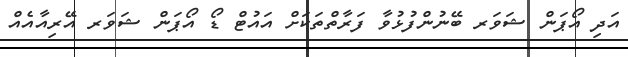
އަދި އޯޕަން ޝަވަރ ބޭނުންފުޅުވާ ފަރާތްތަކަށް އައުޓް ޑޯ އޯޕަން ޝަވަރ އޭރިއާއެއް